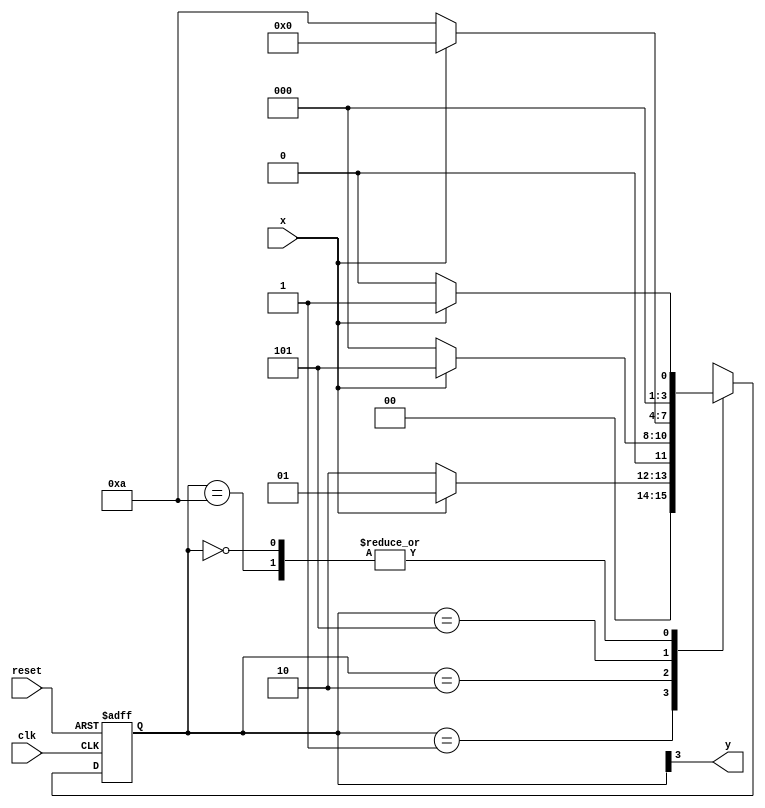
// constant definition 
`define found       1 
`define notfound 0 
 
// FSM by Moore 
module  moore0053 ( y, x, clk, reset ); 
 output y; 
 input   x; 
 input   clk; 
 input   reset; 
 
 reg      y; 
 
 parameter        // state identifiers 
   start     = 4'b0000, 
   id1       = 4'b0001, 
   id10     = 4'b0010, 
   id101   = 4'b0101, 
   id1010 = 4'b1010;  //  signal found 
 
   reg [3:0] E1; // current state variables 
   reg [3:0] E2; // next state logic output 
 
 
 
// next state logic 
   always @( x or E1 ) 
    begin 
     case( E1 ) 
      start: 
        if ( x ) 
         E2 = id1; 
        else 
         E2 = start; 
      id1: 
        if ( x ) 
         E2 = id1; 
        else 
         E2 = id10; 
      id10: 
        if ( x ) 
         E2 = id101; 
        else 
         E2 = start; 
      id101: 
        if ( x ) 
         E2 = start; 
        else 
         E2 = id1010; 
      id1010: 
        if ( x ) 
         E2 = id1; 
        else 
         E2 = start; 
     default:   // undefined statee   
         E2 = 3'bxxx; 
     endcase 
    end // always at signal or state changing 
 
// state variables 
   always @( posedge clk or negedge reset ) 
    begin 
     if ( reset ) 
      E1 = E2;    // updates current state 
     else 
      E1 = 0;     // reset 
    end // always at signal changing 
 
// output logic 
   always @( E1 ) 
    begin 
     y = E1[3];   // first bit of state value 
    end // always at state changing 
 
endmodule // moore0053